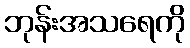
ဘုန်းအသရေကို